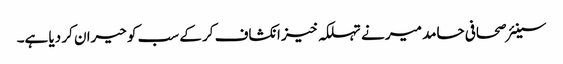
سینئر صحافی حامد میر نے تہلکہ خیز انکشاف کر کے سب کو حیران کر دیا ہے۔